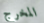
المخرج